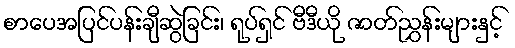
စာပေအပြင်ပန်းချီဆွဲခြင်း၊ ရုပ်ရှင် ဗီဒီယို ဇာတ်ညွှန်းများနှင့်